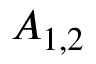
A _ { 1 , 2 }